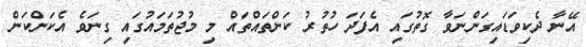
އޭނާ ދެކިވަޑައިގަންނަވާ ގޮތުގައި އެފަދަ ހުތުރު ކަންތައްތައް މި މުޖުތަމައުގައި ގިނަވެ އެކަންކަން